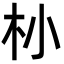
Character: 㭂